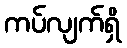
ကပ်လျက်ရှိ